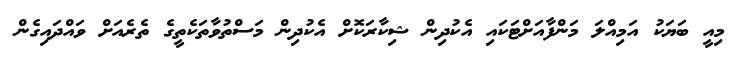
މިއީ ބަޔަކު އަމިއްލަ މަންފާއަށްޓަކައި އެކުދިން ޝިކާރަކޮށް އެކުދިން މަސްތުވާތަކެތީގެ ތެރެއަށް ވައްދައިގެން